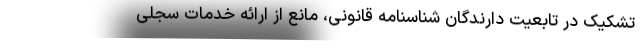
تشکیک در تابعیت دارندگان شناسنامه قانونی، مانع از ارائه خدمات سجلی